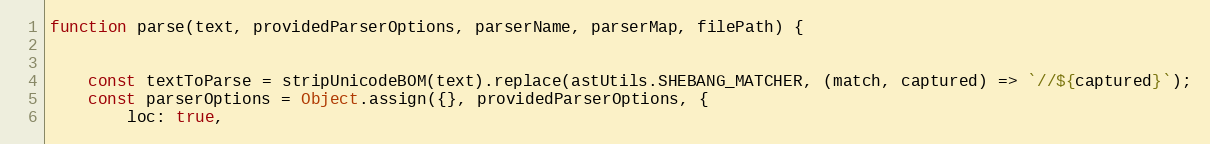
Language: JavaScript
function parse(text, providedParserOptions, parserName, parserMap, filePath) {

    const textToParse = stripUnicodeBOM(text).replace(astUtils.SHEBANG_MATCHER, (match, captured) => `//${captured}`);
    const parserOptions = Object.assign({}, providedParserOptions, {
        loc: true,